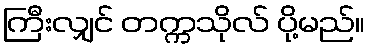
ကြီးလျှင် တက္ကသိုလ် ပို့မည်။